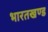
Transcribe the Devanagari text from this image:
भारतखण्ड